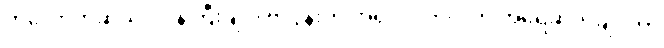
ကဲလော့ကဆိုယင် ဝန်ကြီးချုပ် ဗလွန်းကို အရှင်လတ်လတ် အရေဆုတ်ချင်တာ